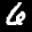
Label: 6